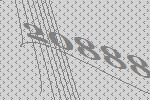
20888